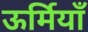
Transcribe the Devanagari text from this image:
ऊर्मियाँ